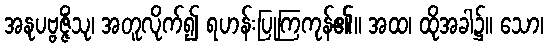
အနုပဗ္ဗဇ္ဇိံသု၊ အတူလိုက်၍ ရဟန်းပြုကြကုန်၏။ အထ၊ ထိုအခါ၌။ သော၊